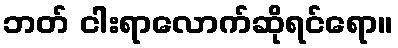
ဘတ် ငါးရာလောက်ဆိုရင်ရော။